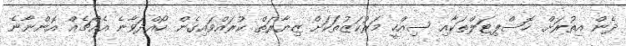
ދެން އިތުރަށް ހޮސްޕިޓަލްތަކާއި ސިއްހީ މަރުކަޒުތަކަށް ޒިޔާރަތް ކުރައްވައިގެން ހޯއްދަވާނެ އެއްޗެއް އޮންނާނެ